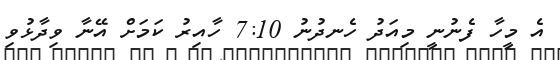
އެ މީހާ ފެނުނީ މިއަދު ހެނދުނު 7:10 ހާއިރު ކަމަށް އޭނާ ވިދާޅުވި